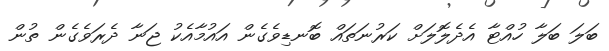
ބަލަ ބަލާ ހުއްޓާ އެދެލޮލަށް ކަރުނަތައް ބޮނޑިވެގެން އައުމާއެކު ޖަނާ ދެރަވެގެން ތުން